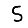
Digit: 5